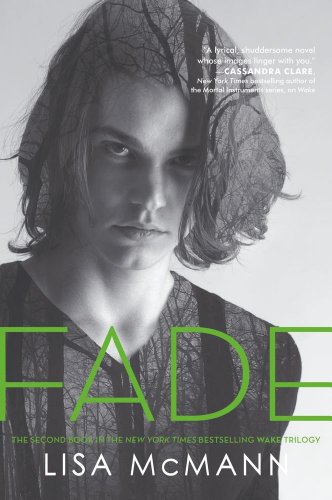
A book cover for Fade (Wake Series, Book 2); Lisa McMann; Teen & Young Adult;